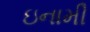
ઇનામી